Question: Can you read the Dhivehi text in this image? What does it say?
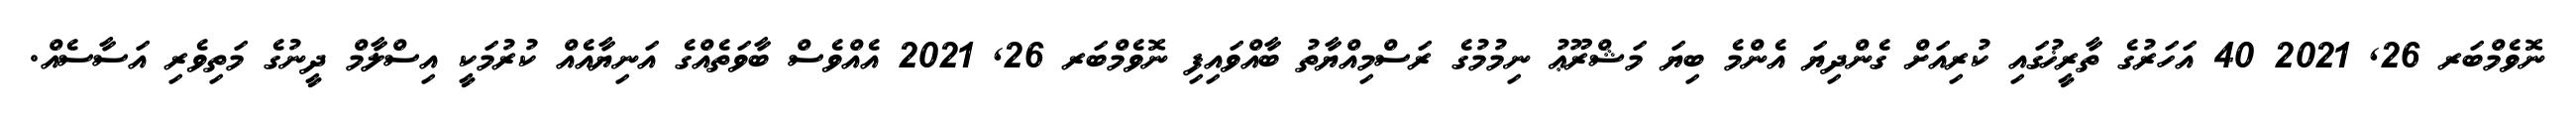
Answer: ނޮވެމްބަރ 26, 2021 40 އަހަރުގެ ތާރީޚުގައި ކުރިއަށް ގެންދިޔަ އެންމެ ބިޔަ މަޝްރޫޢު ނިމުމުގެ ރަސްމިއްޔާތު ބާއްވައިފި ނޮވެމްބަރ 26, 2021 އެއްވެސް ބާވަތެއްގެ އަނިޔާއެއް ކުރުމަކީ އިސްލާމް ދީނުގެ މަތިވެރި އަސާސެއް.